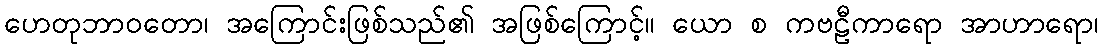
ဟေတုဘာဝတော၊ အကြောင်းဖြစ်သည်၏ အဖြစ်ကြောင့်။ ယော စ ကဗဠီကာရော အာဟာရော၊